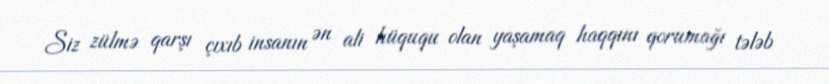
Siz zülmə qarşı çıxıb insanın ən ali hüququ olan yaşamaq haqqını qorumağı tələb